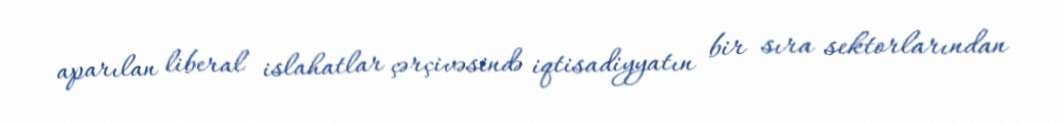
aparılan liberal islahatlar çərçivəsində iqtisadiyyatın bir sıra sektorlarından